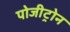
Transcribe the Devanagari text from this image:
पोजीट्रोन